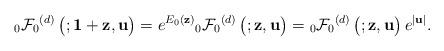
LaTeX: \begin{align*}{_{0}\mathcal{F}_0}^{(d)}\left( \begin{matrix} \\ \end{matrix};\mathbf{1}+\mathbf{z},\mathbf{u}\right) &= e^{E_{0}(\mathbf{z})} {_{0}\mathcal{F}_0}^{(d)}\left( \begin{matrix} \\ \end{matrix};\mathbf{z},\mathbf{u}\right) = {_{0}\mathcal{F}_0}^{(d)}\left( \begin{matrix} \\ \end{matrix};\mathbf{z},\mathbf{u}\right) e^{|\mathbf{u}|}.\end{align*}